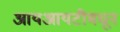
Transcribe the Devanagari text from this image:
आयआयटीमधून